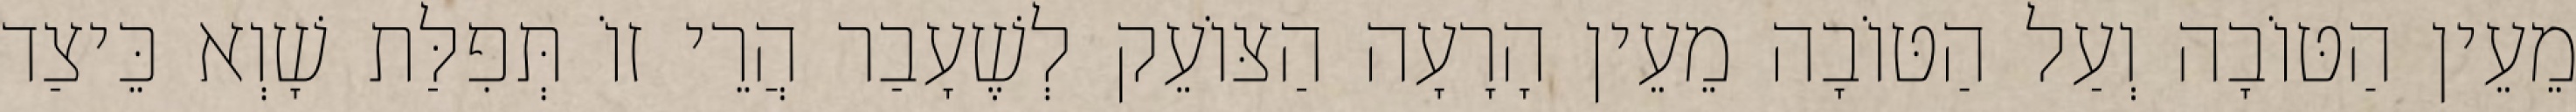
מֵעֵין הַטּוֹבָה וְעַל הַטּוֹבָה מֵעֵין הָרָעָה הַצּוֹעֵק לְשֶׁעָבַר הֲרֵי זוֹ תְּפִלַּת שָׁוְא כֵּיצַד